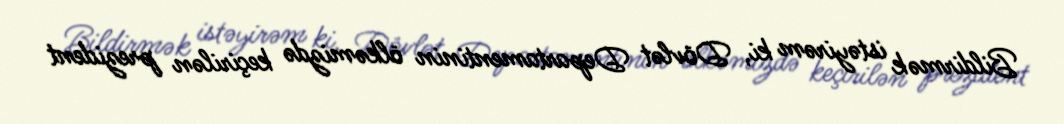
Bildirmək istəyirəm ki, Dövlət Departamentinin ölkəmizdə keçirilən prezident